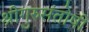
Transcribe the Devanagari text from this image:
श्रीगुरुसंतोषी